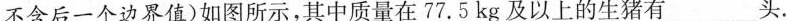
不含后一个边界值)如图所示，其中质量在77.5kg及以上的生猪有___头.